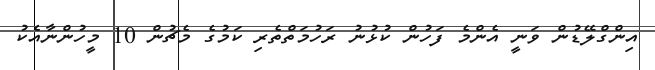
އިންގްލޭޑުން ވަނީ އެންމެ ފަހުން ކުޅުނު ރަހުމަތްތެރި ކަމުގެ މެޗުން 10 މީހުންނާއެކު